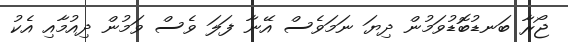
ޖޯރާ ބަނޑުބޮޑުވަމުން ދިޔަ ނަމަވެސް އޭނާ ފަލަ ވެސް ވަމުން ދިއުމާއި އެކު